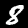
Digit: 8